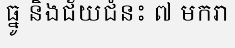
ធ្នូ និងជ័យជំនះ ៧ មករា